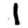
Digit: 1